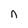
Character: n